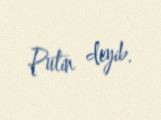
Putin deyib.